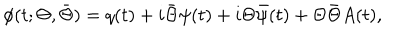
\phi ( t ; \Theta , \bar { \Theta } ) = q ( t ) + i \bar { \Theta } \psi ( t ) + i \Theta \bar { \psi } ( t ) + \Theta \bar { \Theta } A ( t ) ,